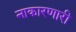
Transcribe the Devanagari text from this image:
नाकारणारी